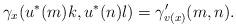
LaTeX: \begin{align*} \gamma_x(u^*(m)k,u^*(n)l) = \gamma'_{v(x)}(m,n). \end{align*}